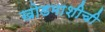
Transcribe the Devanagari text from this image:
खोडमाशीची